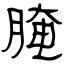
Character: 腌